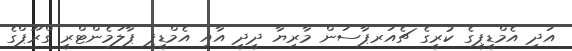
އަދި އެމްޑީޕީގެ ކުރީގެ ޗެއަރޕާސަން މާރިޔާ ދީދީ އާއި އެމްޑީޕީ ޕާލަމެންޓްރީ ގްރޫޕްގެ